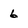
Character: 6